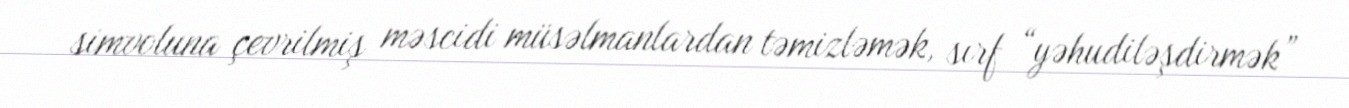
simvoluna çevrilmiş məscidi müsəlmanlardan təmizləmək, sırf “yəhudiləşdirmək”